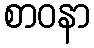
စာဝနာ